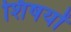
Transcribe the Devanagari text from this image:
शिषयों